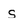
Character: s